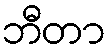
ဘီတာ